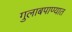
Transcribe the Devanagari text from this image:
गुलाबपाण्यात